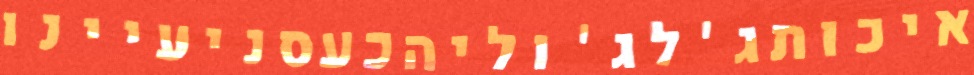
איכותג'לג'וליהכעסניעיינו